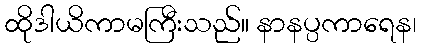
ထိုဒါယိကာမကြီးသည်။ နာနပ္ပကာရေန၊